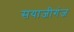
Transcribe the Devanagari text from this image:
सयाजीगंज